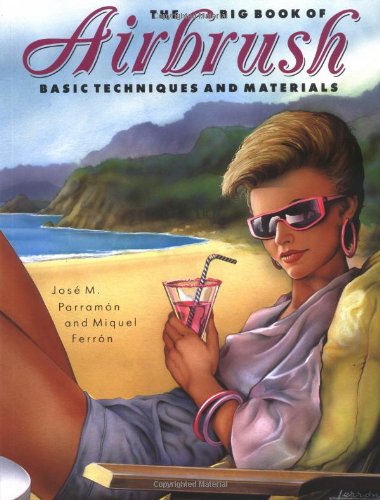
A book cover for The Big Book of Airbrush Techniques and Materials; Joe M. Parramon; Arts & Photography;